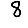
Digit: 8